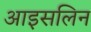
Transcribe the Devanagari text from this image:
आइसलिन